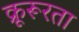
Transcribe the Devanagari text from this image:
क्रूरूरता